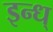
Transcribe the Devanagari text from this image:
इन्ध्‌